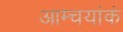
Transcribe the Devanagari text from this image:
आम्चयांकं